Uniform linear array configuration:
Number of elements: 16
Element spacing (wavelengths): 1
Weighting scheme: uniform
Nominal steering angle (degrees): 0
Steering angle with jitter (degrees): -1.353
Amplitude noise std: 0.05
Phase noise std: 0.05

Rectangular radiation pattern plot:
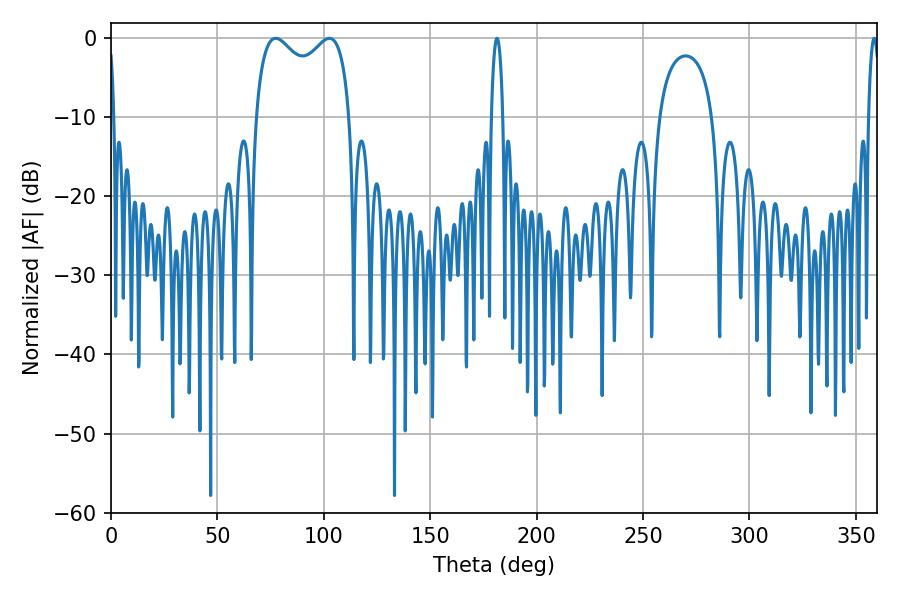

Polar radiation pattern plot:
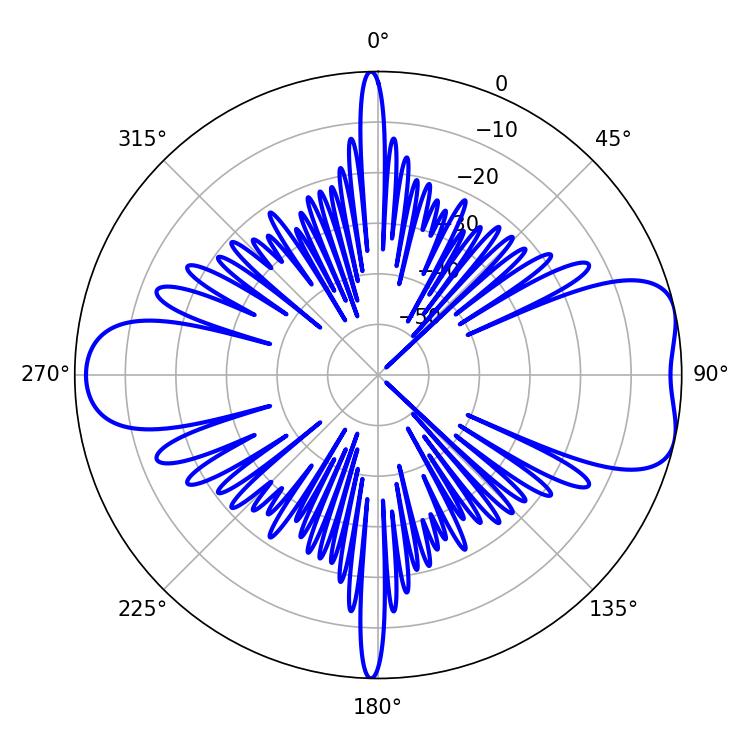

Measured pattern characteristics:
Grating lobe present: TRUE
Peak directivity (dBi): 7.548
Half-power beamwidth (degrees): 37.08
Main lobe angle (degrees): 77.4